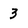
Character: 3